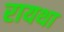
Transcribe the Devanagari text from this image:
रायथा